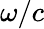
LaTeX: \omega/c